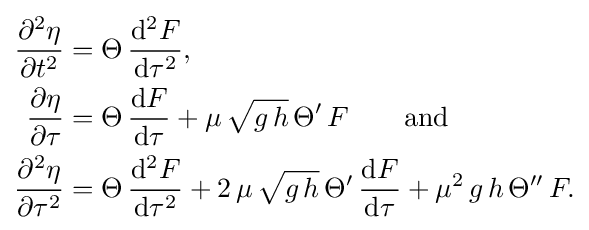
{\begin{aligned}{\frac {\partial ^{2}\eta }{\partial t^{2}}}&=\Theta \,{\frac {\mathrm {d} ^{2}F}{\mathrm {d} \tau ^{2}}},\\{\frac {\partial \eta }{\partial \tau }}&=\Theta \,{\frac {\mathrm {d} F}{\mathrm {d} \tau }}+\mu \,{\sqrt {g\,h}}\,\Theta '\,F\qquad {\text{and}}\\{\frac {\partial ^{2}\eta }{\partial \tau ^{2}}}&=\Theta \,{\frac {\mathrm {d} ^{2}F}{\mathrm {d} \tau ^{2}}}+2\,\mu \,{\sqrt {g\,h}}\,\Theta '\,{\frac {\mathrm {d} F}{\mathrm {d} \tau }}+\mu ^{2}\,g\,h\,\Theta ''\,F.\end{aligned}}